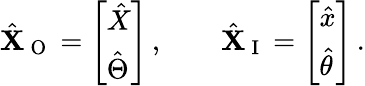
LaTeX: \hat{\mathbf{X}}_{\mathrm{~O~}}=\left[\begin{array}{l}{\hat{X}}\\ {\hat{\Theta}}\end{array}\right]\, ,\qquad\hat{\mathbf{X}}_{\mathrm{~I~}}=\left[\begin{array}{l}{\hat{x}}\\ {\hat{\theta}}\end{array}\right]\, .